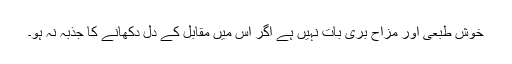
خوش طبعی اور مزاح بری بات نہیں ہے اگر اس میں مقابل کے دل دکھانے کا جذبہ نہ ہو۔